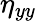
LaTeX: \eta_{yy}